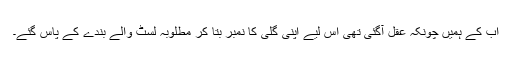
اب کے ہمیں چونکہ عقل آگئی تھی اس لیے اپنی گلی کا نمبر بتا کر مطلوبہ لسٹ والے بندے کے پاس گئے۔